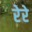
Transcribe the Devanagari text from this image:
रेरे